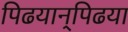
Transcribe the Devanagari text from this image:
पिढयान्‌पिढया